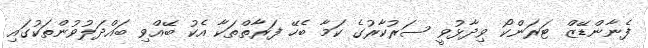
ފެނާންޑޭޒް ޓަރަންކޯ ވިދާޅުވީ ސަރުކާރުގެ ކަމާ ބެހޭ ފަރާތްތަކާ އެކު ބޭއްވި ބައްދަލުވުންތަކުގައި